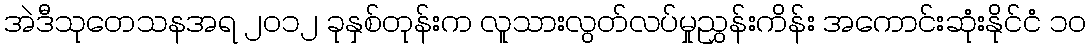
အဲဒီသုတေသနအရ ၂၀၁၂ ခုနှစ်တုန်းက လူသားလွတ်လပ်မှုညွှန်းကိန်း အကောင်းဆုံးနိုင်ငံ ၁၀